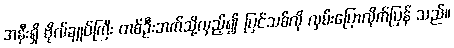
အနီးရှိ ဗိုလ်ချုပ်ကြီး တစ်ဦးဘက်သို့လှည့်၍ ပြင်သစ်လို လှမ်းပြောလိုက်ပြန် သည်။